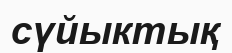
сүйыктық